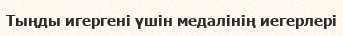
Тыңды игергені үшін медалінің иегерлері